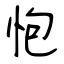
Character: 怉